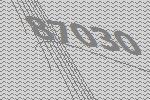
87030